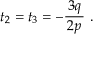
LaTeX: t _ { 2 } = t _ { 3 } = - { \frac { \, 3 q \, } { 2 p } } ~ .